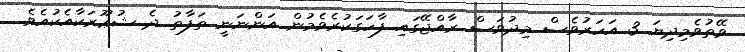
ވޭތުވެމިދިޔަ 3 އަހަރުވެސް މިދުވަސް ރާއްޖޭގައި ފާހަގަކުރެވެމުން އަންނަނީ ތަފާތު ދެ ޝުޢޫރަކާއެކުއެވެ.